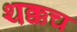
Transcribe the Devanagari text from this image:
थक्कच